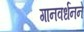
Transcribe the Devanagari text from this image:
गानवर्धनने